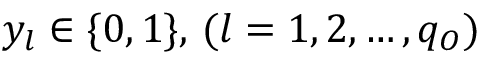
y _ { l } \in \{ 0 , 1 \} , \, ( l = 1 , 2 , \dots , q _ { O } )